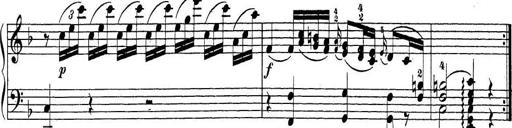
Title: Sonatina Album
Composer: Louis KÃ¶hler